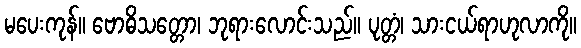
မပေးကုန်။ ဗောဓိသတ္တော၊ ဘုရားလောင်းသည်။ ပုတ္တံ၊ သားငယ်ရာဟုလာကို။